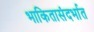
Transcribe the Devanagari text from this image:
भाकितासंदर्भात